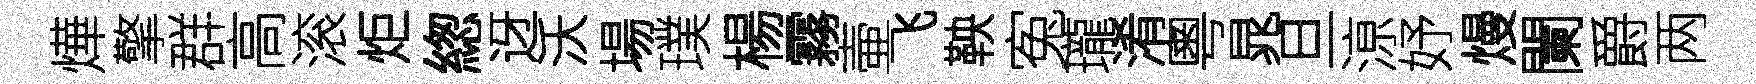
燁擎群高滚炬緫迓沃場璞楊霧壷飞鞅寃瓏淆粵晁旦鿌妤熳闌爵两